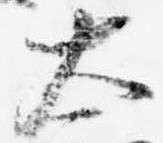
太